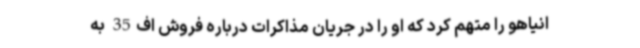
انیاهو را متهم کرد که او را در جریان مذاکرات درباره فروش اف35 به